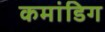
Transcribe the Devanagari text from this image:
कमांडिग